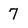
Character: 7